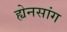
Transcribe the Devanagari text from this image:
ह्येनसांग